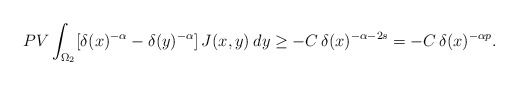
\begin{align*}PV\int_{\Omega_2}[\delta(x)^{-\alpha}-\delta(y)^{-\alpha}]\,J(x,y)\:dy\geq -C\,\delta(x)^{-\alpha-2s}=-C\,\delta(x)^{-\alpha p}.\end{align*}